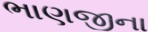
ભાણજીના